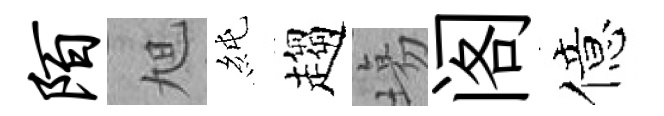
陌旭純趨塲阁億